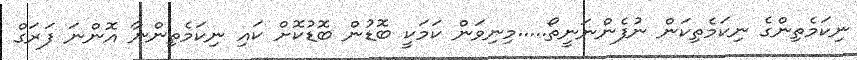
ނިކަމެތިންގެ ނިކަމެތިކަން ނުފެންނަނީތޯ.....މިނިވަން ކަމަކީ ބޮޑުން ބޮޑުކޮށް ކައި ނިކަމެތިންނާ އޮންނަ ފަރަގް